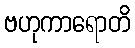
ဗဟုကာရောတိ